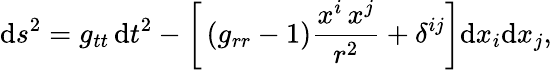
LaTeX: \mathrm{d}s^{2}=g_{tt}\, \mathrm{d}t^{2}-\bigg[\left(g_{rr}-1\right)\frac{x^{i}\, x^{j}}{r^{2}}+\delta^{ij}\bigg]\mathrm{d}x_{i}\mathrm{d}x_{j},